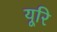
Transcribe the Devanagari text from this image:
यूरि